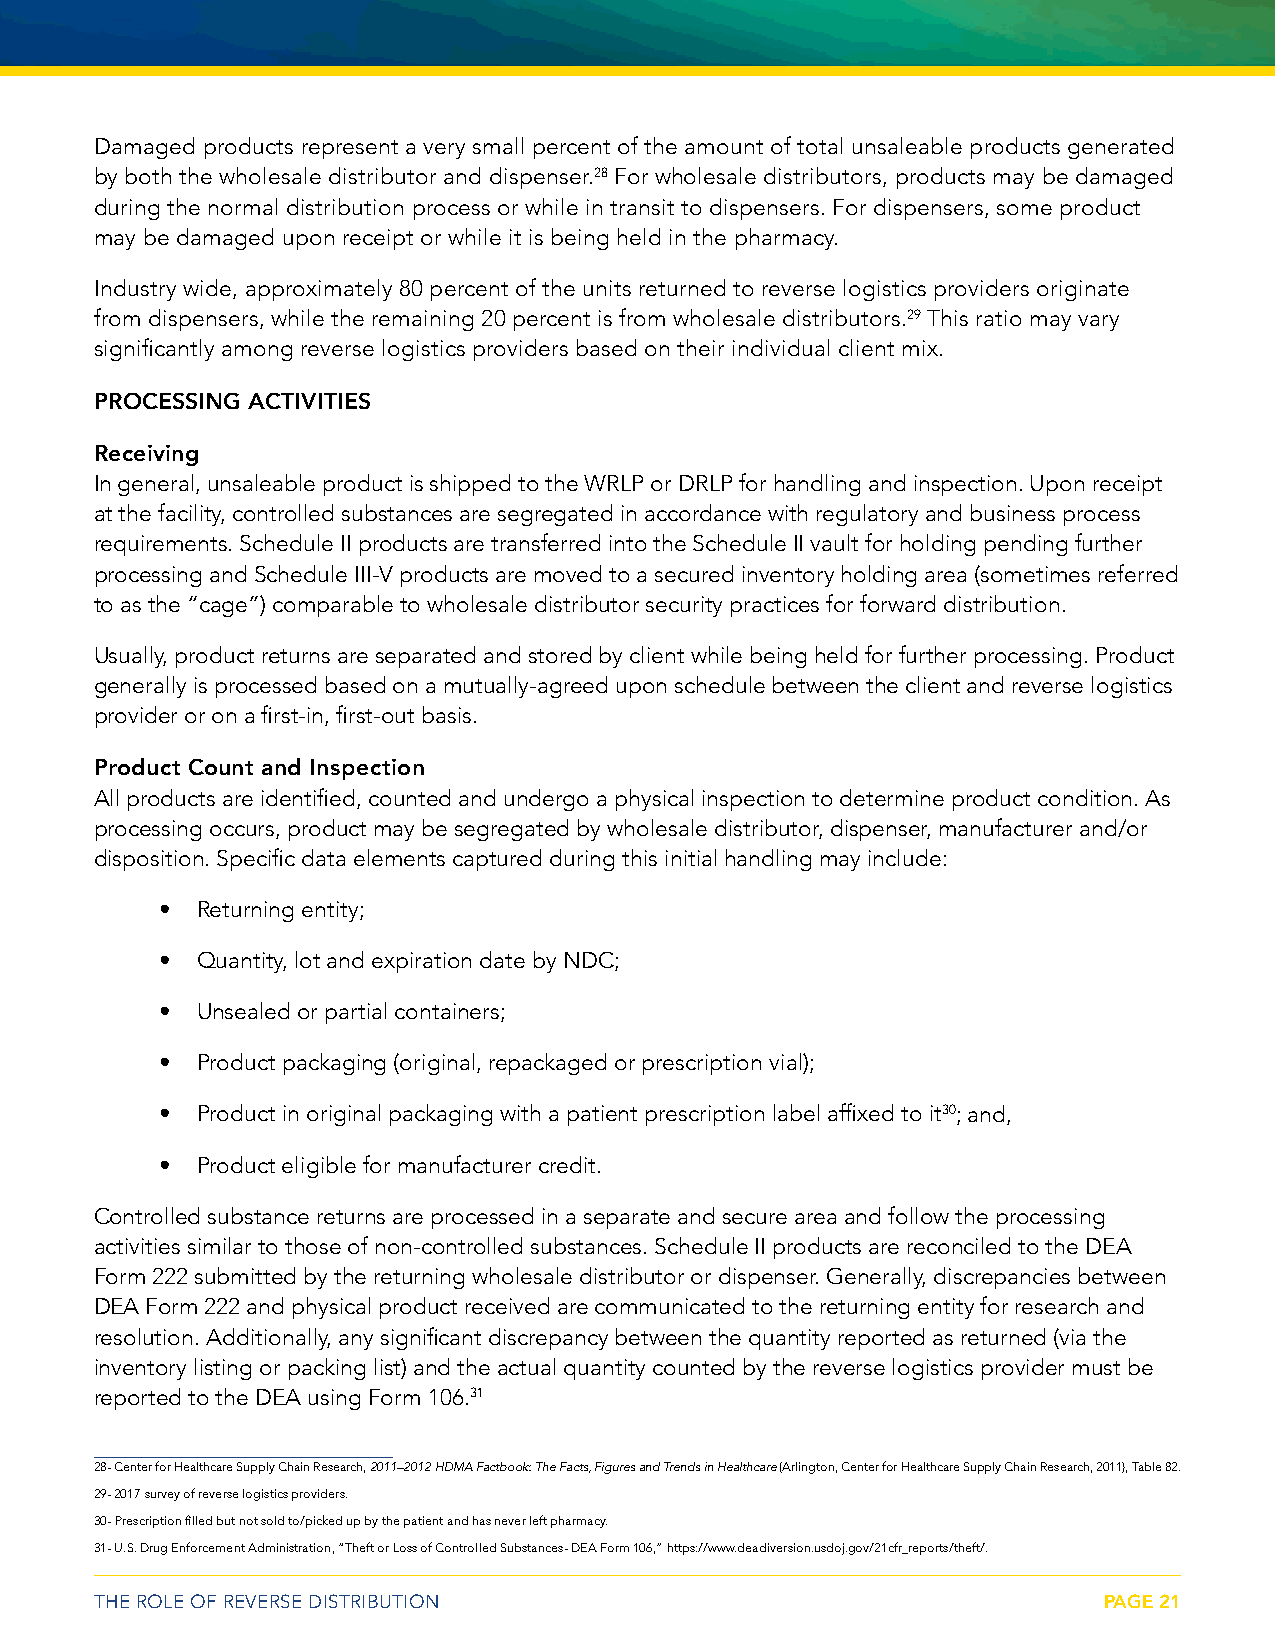
Damaged products represent a very small percent of the amount of total unsaleable products generated
 by both the wholesale distributor and dispenser.28 For wholesale distributors, products may be damaged
 during the normal distribution process or while in transit to dispensers. For dispensers, some product
 may be damaged upon receipt or while it is being held in the pharmacy.
 Industry wide, approximately 80 percent of the units returned to reverse logistics providers originate
 from dispensers, while the remaining 20 percent is from wholesale distributors.29 This ratio may vary
 significantly among reverse logistics providers based on their individual client mix.
 PROCESSING ACTIVITIES
 Receiving
 In general, unsaleable product is shipped to the WRLP or DRLP for handling and inspection. Upon receipt
 at the facility, controlled substances are segregated in accordance with regulatory and business process
 requirements. Schedule II products are transferred into the Schedule II vault for holding pending further
 processing and Schedule III-V products are moved to a secured inventory holding area (sometimes referred
 to as the “cage”) comparable to wholesale distributor security practices for forward distribution.
 Usually, product returns are separated and stored by client while being held for further processing. Product
 generally is processed based on a mutually-agreed upon schedule between the client and reverse logistics
 provider or on a first-in, first-out basis.
 Product Count and Inspection
 All products are identified, counted and undergo a physical inspection to determine product condition. As
 processing occurs, product may be segregated by wholesale distributor, dispenser, manufacturer and/or
 disposition. Specific data elements captured during this initial handling may include:
 • Returning entity;
 • Quantity, lot and expiration date by NDC;
 • Unsealed or partial containers;
 • Product packaging (original, repackaged or prescription vial);
 • Product in original packaging with a patient prescription label affixed to it30; and,
 • Product eligible for manufacturer credit.
 Controlled substance returns are processed in a separate and secure area and follow the processing
 activities similar to those of non-controlled substances. Schedule II products are reconciled to the DEA
 Form 222 submitted by the returning wholesale distributor or dispenser. Generally, discrepancies between
 DEA Form 222 and physical product received are communicated to the returning entity for research and
 resolution. Additionally, any significant discrepancy between the quantity reported as returned (via the
 inventory listing or packing list) and the actual quantity counted by the reverse logistics provider must be
 reported to the DEA using Form 106.31
 28- Center for Healthcare Supply Chain Research, 2011–2012 HDMA Factbook: The Facts, Figures and Trends in Healthcare (Arlington, Center for Healthcare Supply Chain Research, 2011), Table 82.
 29- 2017 survey of reverse logistics providers.
 30- Prescription filled but not sold to/picked up by the patient and has never left pharmacy.
 31- U.S. Drug Enforcement Administration, “Theft or Loss of Controlled Substances- DEA Form 106,” https://www.deadiversion.usdoj.gov/21cfr_reports/theft/.
 THE ROLE OF REVERSE DISTRIBUTION                                   PAGE 21